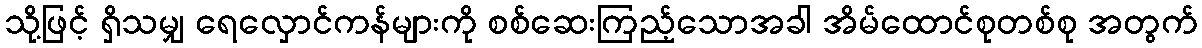
သို့ဖြင့် ရှိသမျှ ရေလှောင်ကန်များကို စစ်ဆေးကြည့်သောအခါ အိမ်ထောင်စုတစ်စု အတွက်